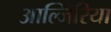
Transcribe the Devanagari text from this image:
आल्जिरिया